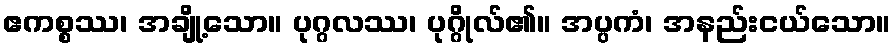
ဧကစ္စဿ၊ အချို့သော။ ပုဂ္ဂလဿ၊ ပုဂ္ဂိုလ်၏။ အပ္ပကံ၊ အနည်းငယ်သော။